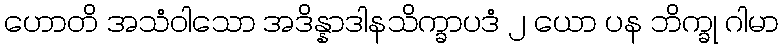
ဟောတိ အသံဝါသော အဒိန္နာဒါနသိက္ခာပဒံ ၂ ယော ပန ဘိက္ခု ဂါမာ